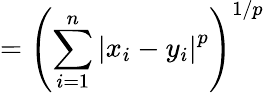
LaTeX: =\left(\sum_{i=1}^{n}\left|x_{i}-y_{i}\right|^{p}\right)^{1/p}